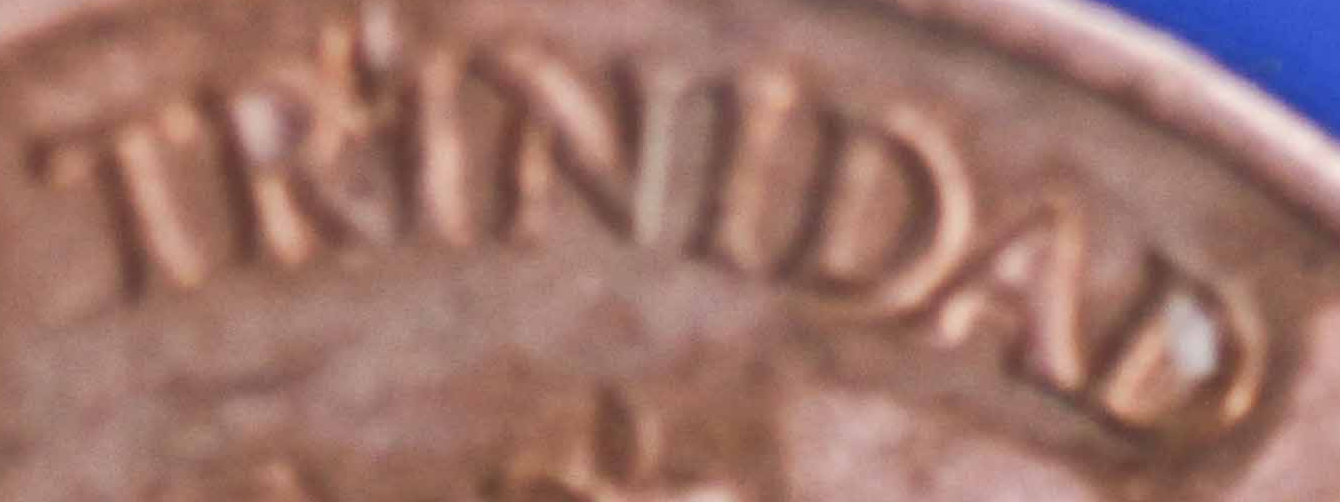
TRINIDAD